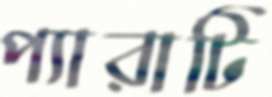
প্যারাটি